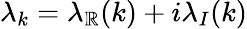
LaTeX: \lambda_{k}=\lambda_{\mathbb{R}}(k)+i\lambda_{I}(k)